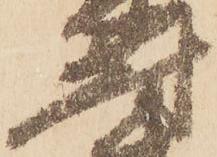
尉